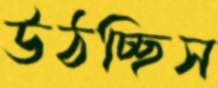
উঠচ্ছিস